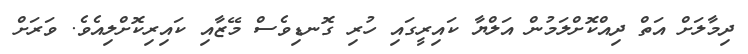
ދިމާލަށް އަތް ދިއްކޮށްލަމުން އަލްޔާ ކައިރީގައި ހުރި ގޮނޑިވެސް މޭޒާއި ކައިރިކޮށްލިއެވެ. ވަރަށް